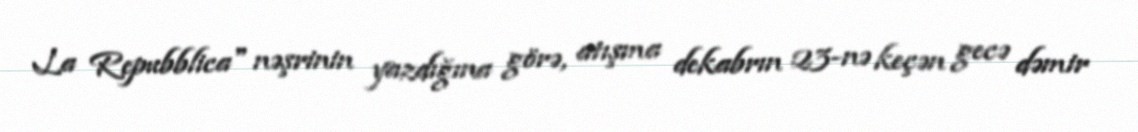
La Repubblica" nəşrinin yazdığına görə, atışma dekabrın 23-nə keçən gecə dəmir